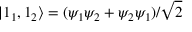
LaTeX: | 1 _ { 1 } , 1 _ { 2 } \rangle = ( \psi _ { 1 } \psi _ { 2 } + \psi _ { 2 } \psi _ { 1 } ) / { \sqrt { 2 } }